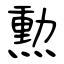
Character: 勲